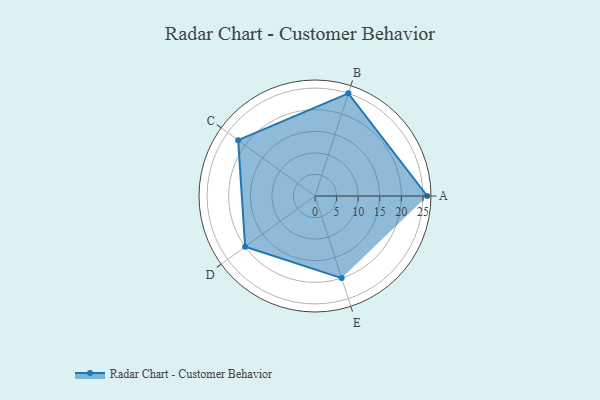
{"axis": {"x": "Skill", "y": "Score"}, "legend": ["Profile"], "data": [{"x": "A", "y": 26.0, "type": "Profile"}, {"x": "B", "y": 25.0, "type": "Profile"}, {"x": "C", "y": 22.0, "type": "Profile"}, {"x": "D", "y": 20, "type": "Profile"}, {"x": "E", "y": 20, "type": "Profile"}]}